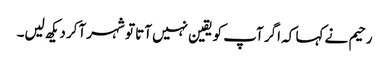
رحیم نے کہا کہ اگر آپ کو یقین نہیں آتا تو شہر آکر دیکھ لیں۔